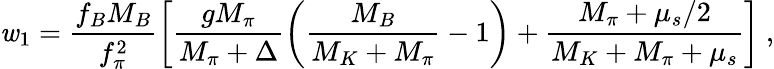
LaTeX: \mathit{w}_{1}=\frac{{f_{B}M_{B}}}{{f_{\pi}^{2}}}\left[\frac{{gM_{\pi}}}{{M_{\pi}+\Delta}}\left(\frac{{M_{B}}}{{M_{K}+M_{\pi}}}-1\right)+\frac{{M_{\pi}+\mu_{s}/2}}{{M_{K}+M_{\pi}+\mu_{s}}}\right]~,